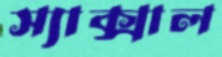
স্যাক্সাল